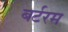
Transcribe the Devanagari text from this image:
बर्टरम